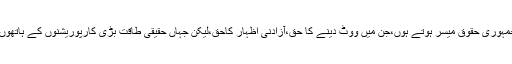
مالکان کیلئے جمہوریت ایک ایسا نظام ہوتاہے کہ جس میں عام بنیادی جمہوری حقوق میسر ہوتے ہوں،جن میں ووٹ دینے کا حق،آزادنی اظہار کاحق،لیکن جہاں حقیقی طاقت بڑی کارپوریشنوں کے ہاتھوں میں ہو،ان میں سے ہی ایک مرڈوچ کی میڈیائی سلطنت بھی شامل ہے ۔